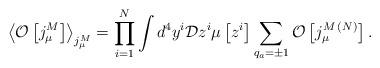
LaTeX: \begin{align*}\left<{\cal O}\left[j_\mu^M\right]\right>_{j_\mu^M}=\prod\limits_{i=1}^{N}\int d^4y^i {\cal D}z^i\mu\left[z^i\right]\sum\limits_{q_a=\pm 1}^{}{\cal O}\left[j_\mu^{M{\,}(N)}\right].\end{align*}